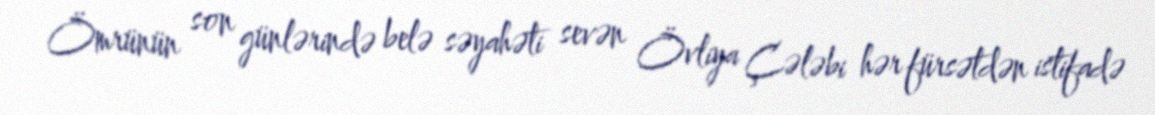
Ömrünün son günlərində belə səyahəti sevən Övliya Çələbi hər fürsətdən istifadə